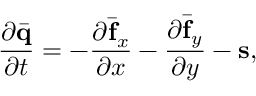
\frac { \partial \bar { \mathbf { q } } } { \partial t } = - \frac { \partial \bar { \mathbf { f } } _ { x } } { \partial x } - \frac { \partial \bar { \mathbf { f } } _ { y } } { \partial y } - \mathbf { s } ,